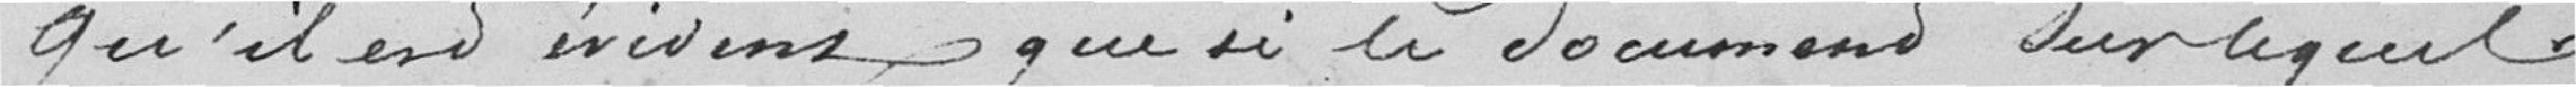
Qu'il est évident que si le document sur lequel